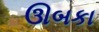
ઊબકા